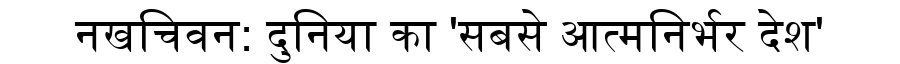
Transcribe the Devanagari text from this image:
नखचिवन: दुनिया का 'सबसे आत्मनिर्भर देश'